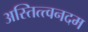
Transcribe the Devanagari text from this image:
अस्तित्त्वनदम